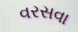
વરસવા